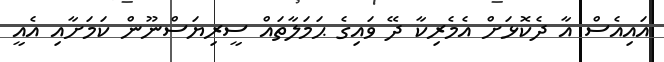
އައިއެސް އާ ދެކޮޅަށް އެމެރިކާ ދޭ ވައިގެ ޙަމަލާތައް ސީރިޔަސްނޫން ކަމަށާއި އެއީ